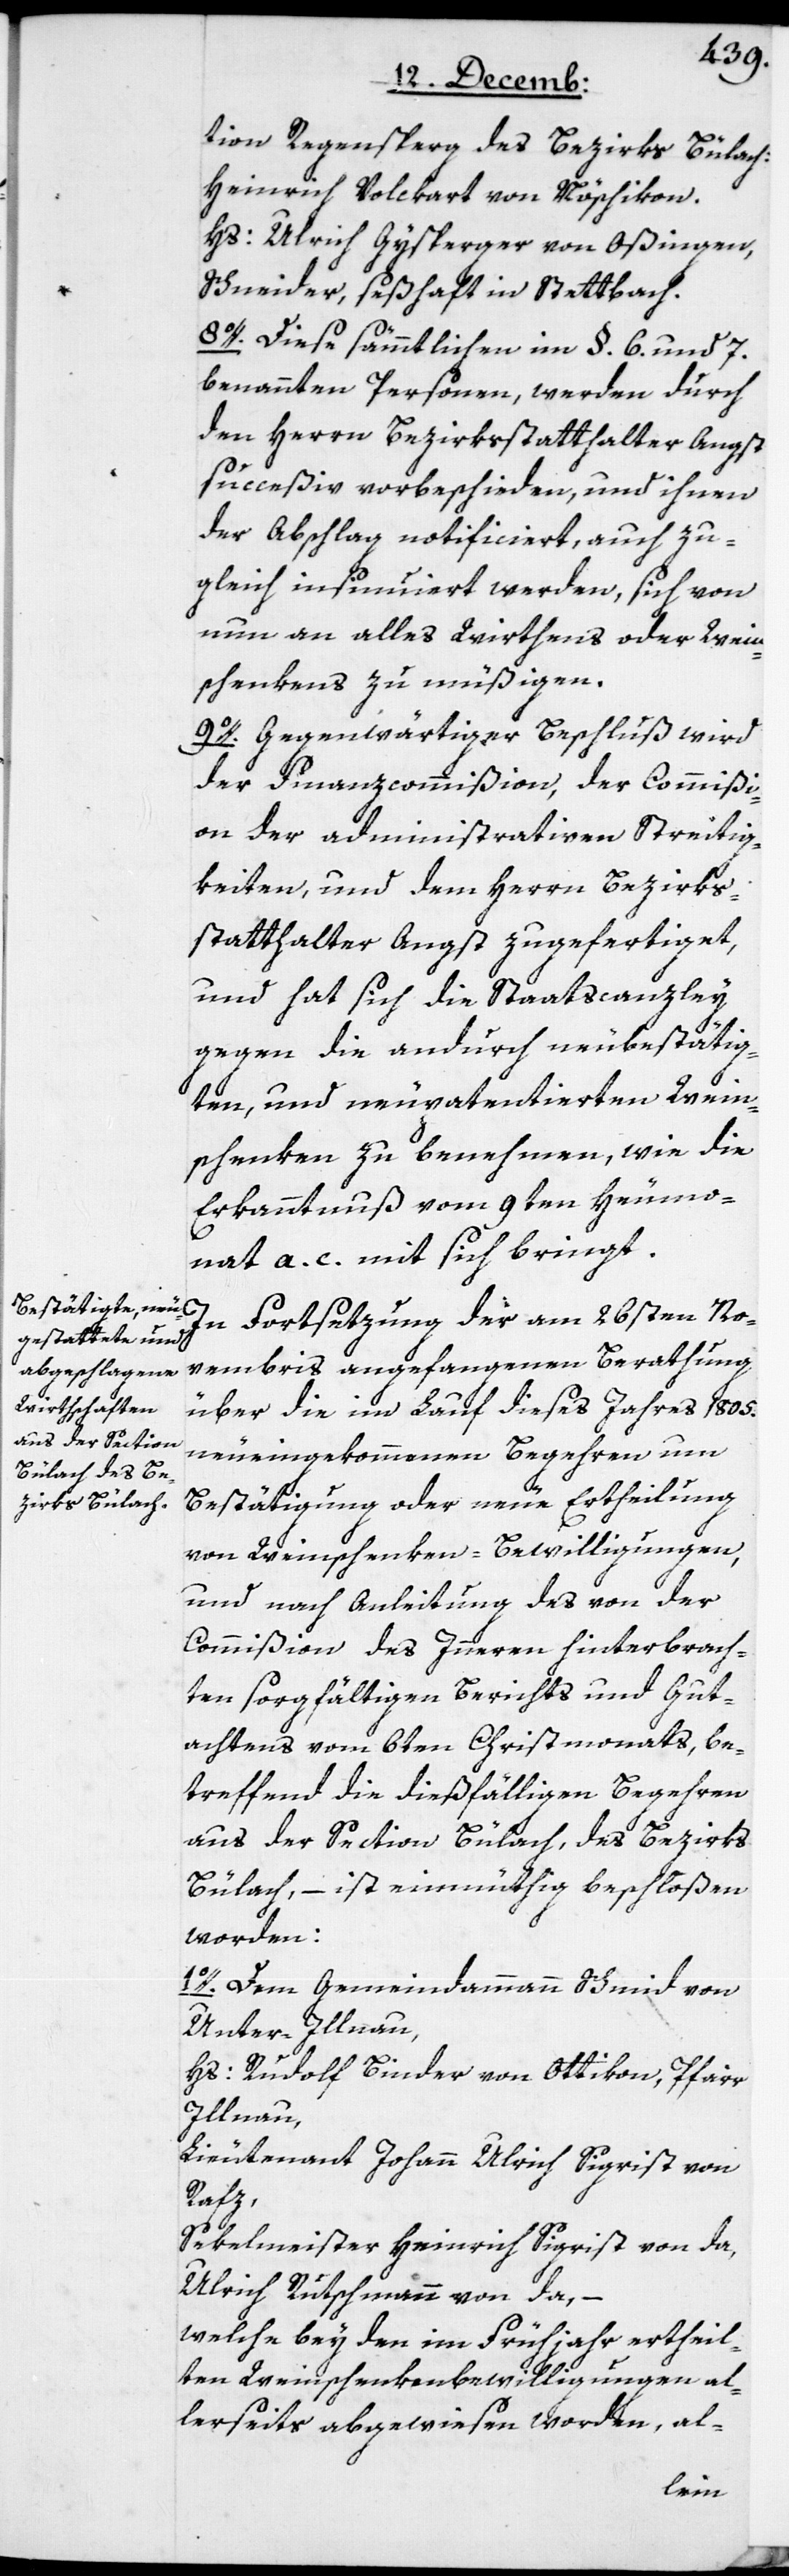
tion Regensberg des Bezirks Bülach:
Heinrich Volckart von Nöschikon.
Hs. Ulrich Gysperger von Oßingen,
Schneider, seßhaft in Stettbach.
8o. Diese sämmtlichen im §. 6. und 7.
benannten Personen, werden durch
den Herrn Bezirksstatthalter Angst
succeßiv vorbeschieden, und ihnen
der Abschlag notificiert, auch zu¬
gleich insinuiert werden, sich von
nun an alles Wirthens oder Wein¬
schenkens zu müßigen.
9o. Gegenwärtiger Beschluß wird
der Finanzcommißion, der Commißi¬
on der administrativen Streitig¬
keiten und dem Herrn Bezirks¬
statthalter Angst zugefertiget,
und hat sich die Staatscanzley
gegen die andurch neubestätig¬
ten, und neupatentierten Wein¬
schenken zu benehmen, wie die
Erkanntnuß vom 9ten Heumo¬
nat a. c. mit sich bringt.
In Fortsetzung der am 26sten No¬
vembris angefangenen Berathung
über die im Lauf dieses Jahres 1805.
neueingekommenen Begehren um
Bestätigung oder neue Ertheilung
von Weinschenken-Bewilligungen,
und nach Anleitung des von der
Commißion des Innern hinterbrach¬
ten sorgfältigen Berichts und Gut¬
achtens vom 6ten Christmonats, be¬
treffend die dießfälligen Begehren
aus der Section Bülach, des Bezirks
Bülach, – ist einmüthig beschloßen
worden:
1o. Dem Gemeindammann Schmid von
Unter-Illnau,
Hs. Rudolf Binder von Ottikon, Pfarr
Illnau,
Lieutenant Johann Ulrich Sigrist von
Rafz,
Sekelmeister Heinrich Sigrist von da,
Ulrich Rutschmann von da, –
welche bey den im Frühjahr ertheil¬
ten Weinschenkenbewilligungen al¬
lerseits abgewiesen worden, al-